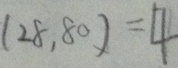
( 2 8 , 8 0 ) = 4